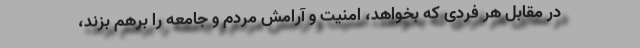
در مقابل هر فردی که بخواهد، امنیت و آرامش مردم و جامعه را برهم بزند،